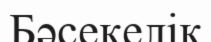
Бәсекелік